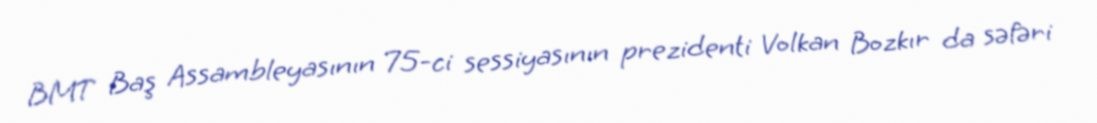
BMT Baş Assambleyasının 75-ci sessiyasının prezidenti Volkan Bozkır da səfəri